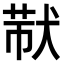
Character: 𤟓